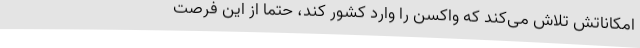
امکاناتش تلاش می‌کند که واکسن را وارد کشور کند، حتما از این فرصت